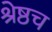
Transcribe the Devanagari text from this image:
श्रेष्ठच